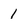
Character: 1